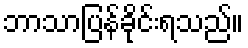
ဘာသာပြန်ခိုင်းရသည်။